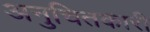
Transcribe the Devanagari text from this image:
अनुचितकारी